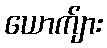
ယောက်ျား